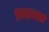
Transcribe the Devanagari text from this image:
प्रभावता